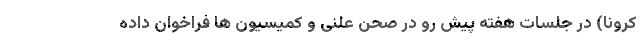
كرونا) در جلسات هفته پيش رو در صحن علنى و كميسيون ها فراخوان داده